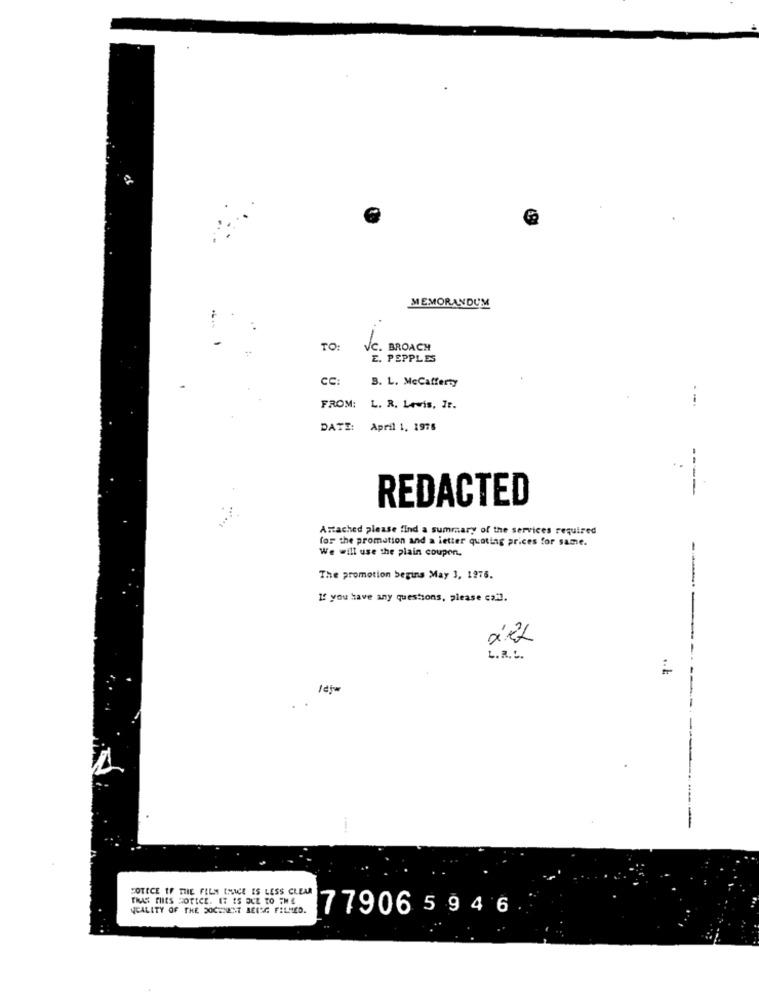
MEMORANDUM
TO:
VC. BROACH
E. PEPPLES
CC:
B. L. McCafferty
FROM: L. R. Lewis, It.
DATE:
April 1, 1975
----
REDACTED
Attached please find a summary of the services required
for the promotion and a letter quoting prices for same.
We will use the plain coupon.
The promotion begins May 3, 1976.
If you have any questions, please call.
L.R.L.
.. .
---
---
-
COTECE IF THE FILM EHICE IS LESS CLEAR
TRAS THIES HOTICE. IT IS DUE TO THE
QUALITY OF THE DOCHNEST BETEG FILMED.
779065946